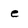
Character: e